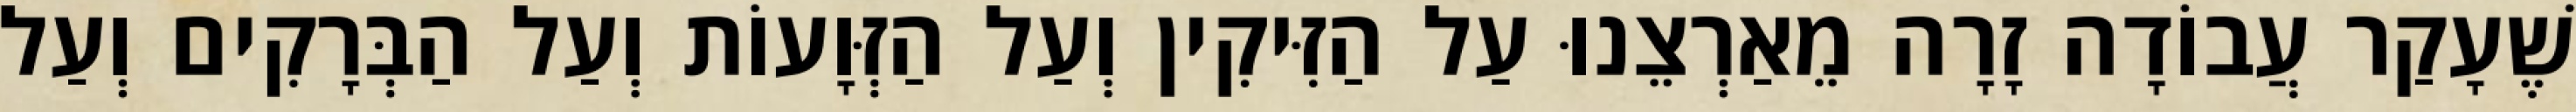
שֶׁעָקַר עֲבוֹדָה זָרָה מֵאַרְצֵנוּ עַל הַזִּיקִין וְעַל הַזְּוָעוֹת וְעַל הַבְּרָקִים וְעַל